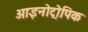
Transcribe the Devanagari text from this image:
आइनोट्रोपिक